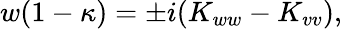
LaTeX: w(1-\kappa)=\pm i(K_{ww}-K_{vv}),